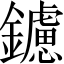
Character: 鑢